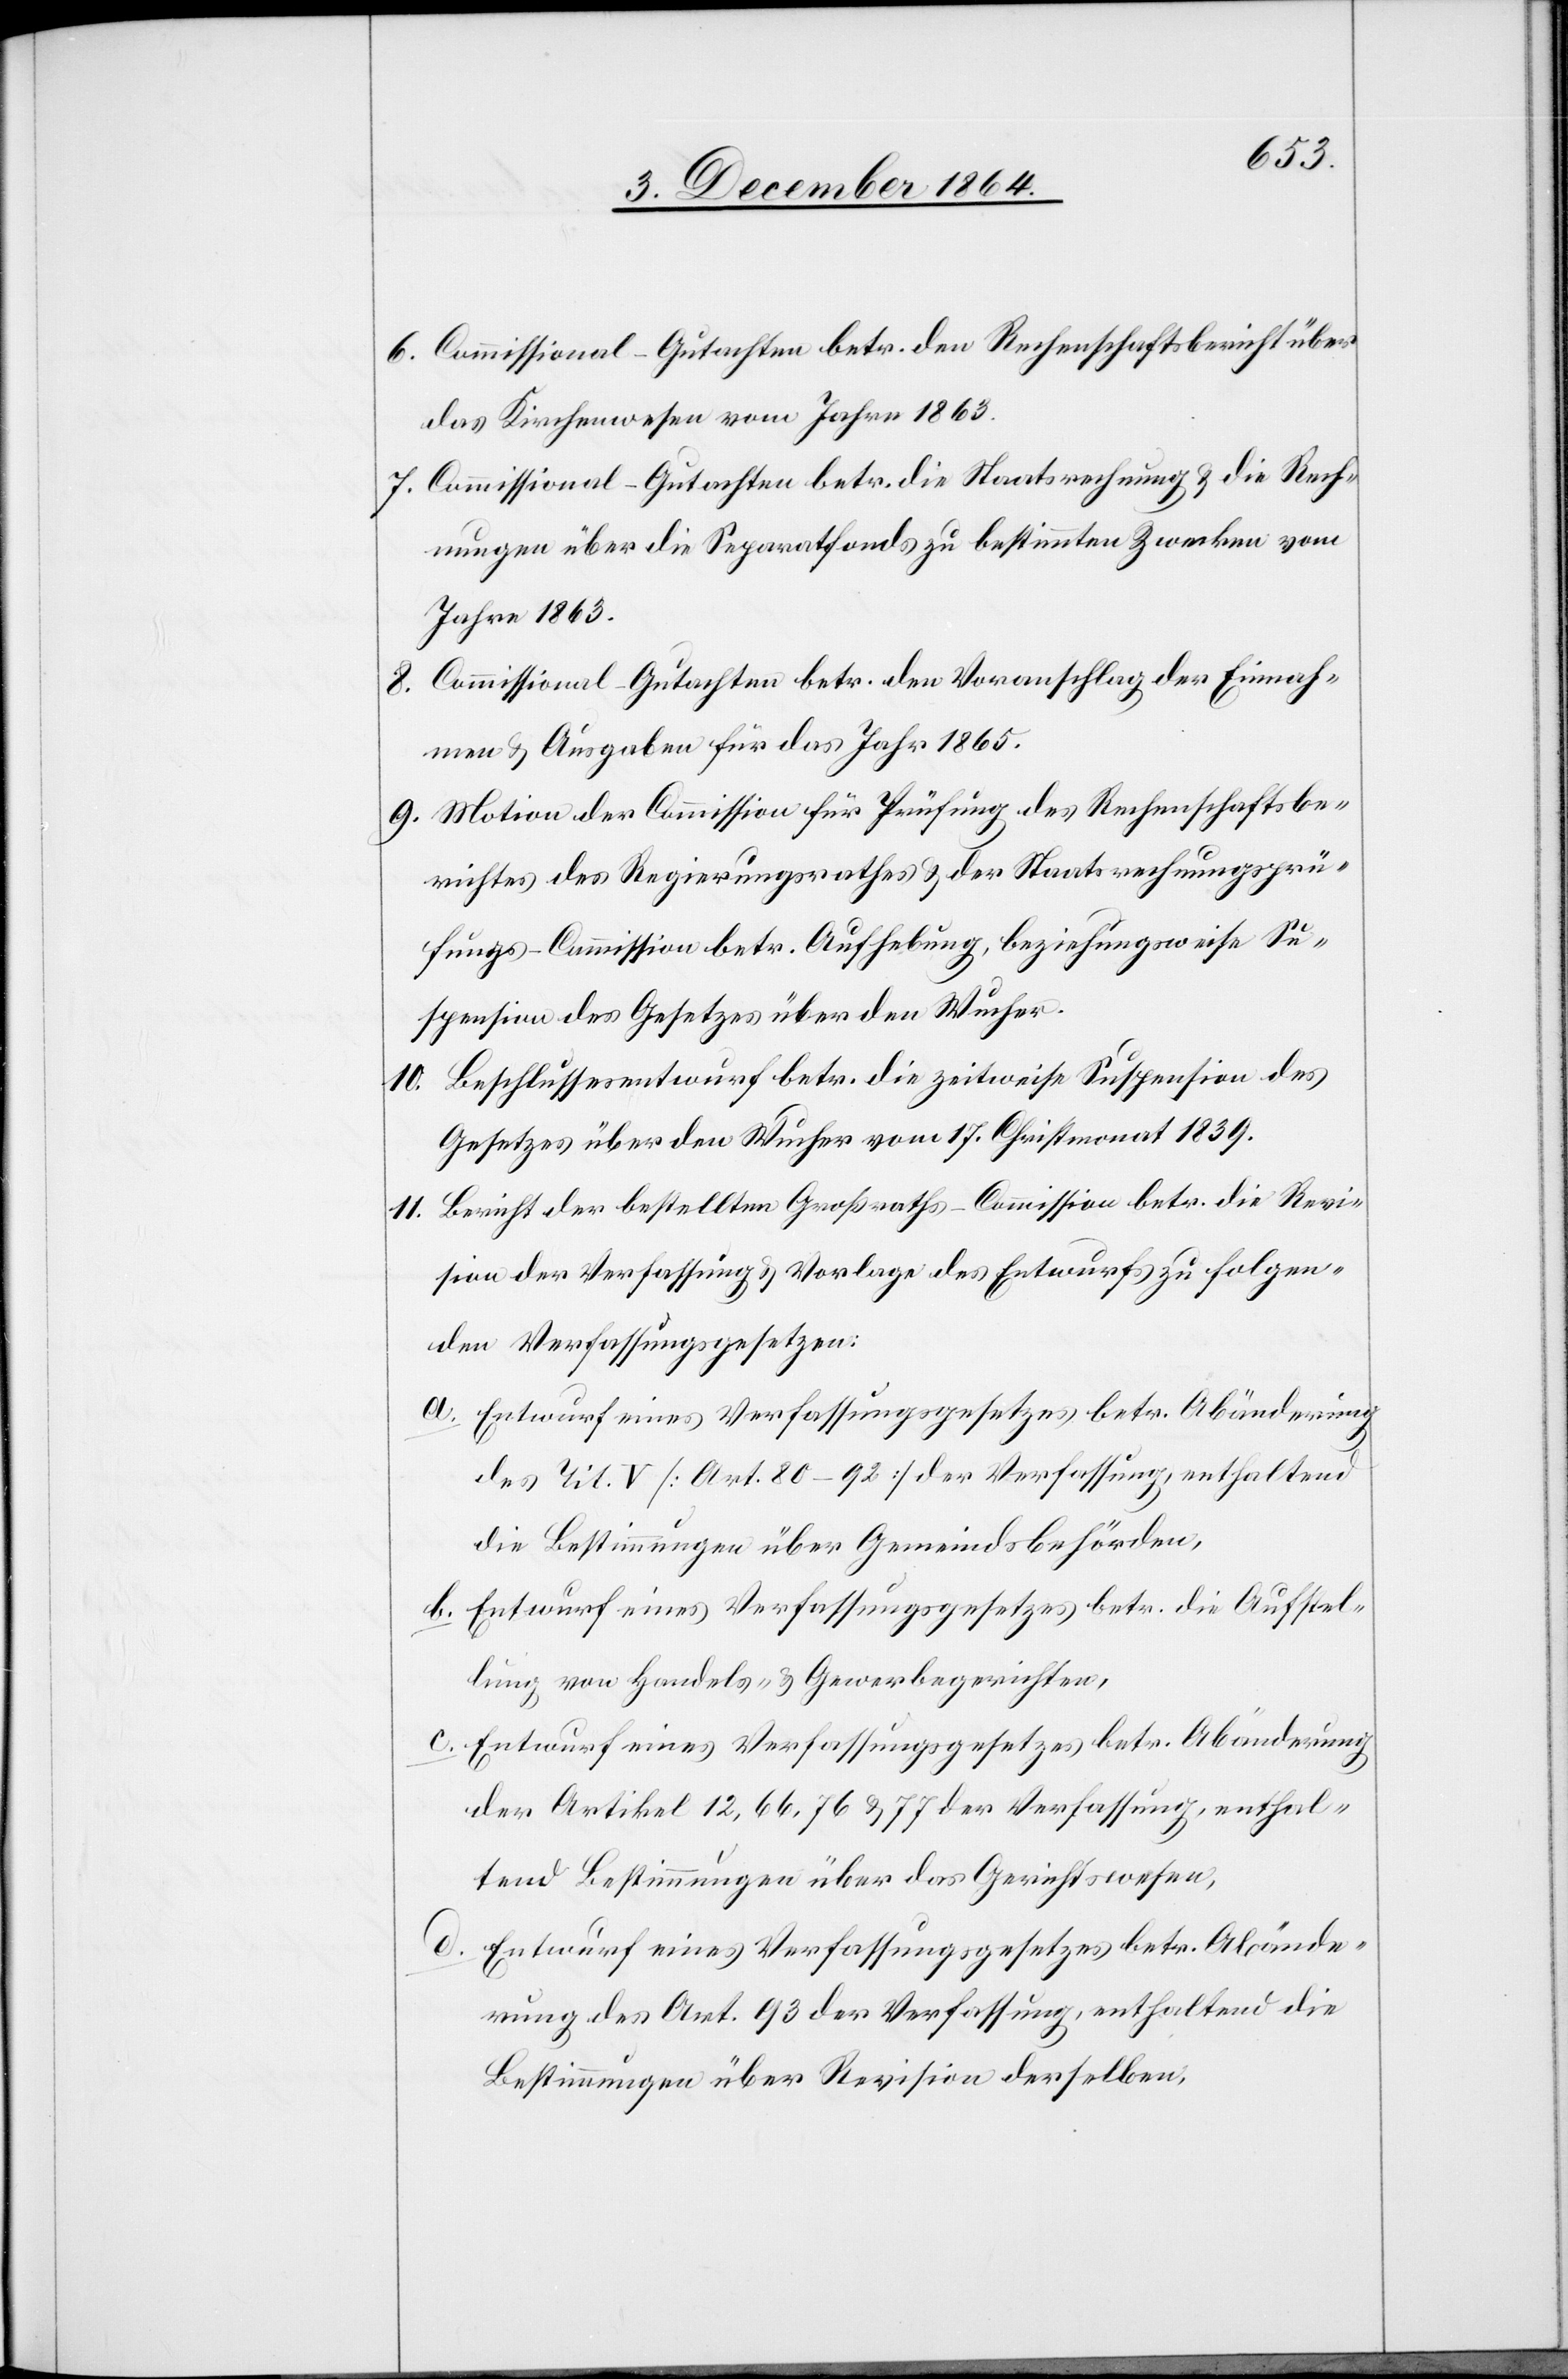
6. Commissional-Gutachten betr. den Rechenschaftsbericht über
das Kirchenwesen vom Jahr 1863.
7. Commissional-Gutachten betr. die Staatsrechnung & die Rech¬
nungen über die Separatfonds zu bestimmten Zwecken vom
Jahre 1863.
8. Commissional-Gutachten betr. den Voranschlag der Einnah¬
men & Ausgaben für das Jahr 1865.
9. Motion der Commission für Prüfung des Rechenschaftsbe¬
richtes des Regierungsrathes & der Staatsrechnungsprü¬
fungs-Commission betr. Aufhebung, beziehungsweise Su¬
spension des Gesetzes über den Wucher.
10. Beschlussesentwurf betr. die zeitweise Suspension des
Gesetzes über den Wucher vom 17. Christmonat 1839.
11. Bericht der bestellten Großraths-Commission betr. die Revi¬
sion der Verfassung & Vorlage des Entwurfs zu folgen¬
den Verfassungsgesetzen:
a. Entwurf eines Verfassungsgesetzes betr. Abänderung
des Tit. V [Art. 80–92] der Verfassung, enthaltend
die Bestimmungen über Gemeindsbehörden,
b. Entwurf eines Verfassungsgesetzes betr. die Aufstel¬
lung von Handels- und Gewerbegerichten.
c. Entwurf eines Verfassungsgesetzes betr. Abänderung
der Artikel 12, 66, 76, & 77 der Verfassung, enthal¬
tend Bestimmungen über das Gerichtswesen,
d. Entwurf eines Verfassungsgesetzes betr. Abände¬
rung des Art. 93 der Verfassung, enthaltend die
Bestimmungen über Revision derselben,